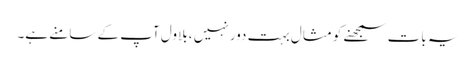
یہ بات سمجھنے کو مثال بہت دور نہیں ،بلاول آپ کے سامنے ہے۔